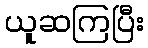
ယူဆကြပြီး